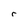
Character: r